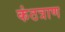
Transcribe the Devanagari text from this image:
कंठत्राण